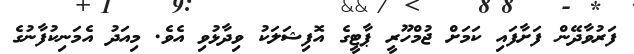
ފަރުވާދޭން ފަށާފައި ކަމަށް ޖުމްހޫރީ ޕާޓީގެ އޮފިޝަލަކު ވިދާޅުވި އެވެ. މިއަދު އެމަނިކުފާނުގެ